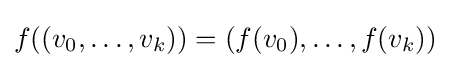
f((v_{0},\ldots ,v_{k}))=(f(v_{0}),\ldots ,f(v_{k}))